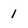
Character: 1